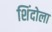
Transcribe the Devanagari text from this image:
शिंदोला